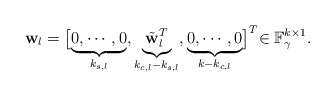
\begin{align*}\mathbf{w}_{l}=\bigl[\underbrace{0,\cdots,0}_{k_{s,l}},\underbrace{\tilde{\mathbf{w}}_{l}^{T}}_{k_{c,l}-k_{s,l}},\underbrace{0,\cdots,0}_{k-k_{c,l}}\bigl]^{T}\in\mathbb{F}_{\gamma}^{k\times1}.\end{align*}